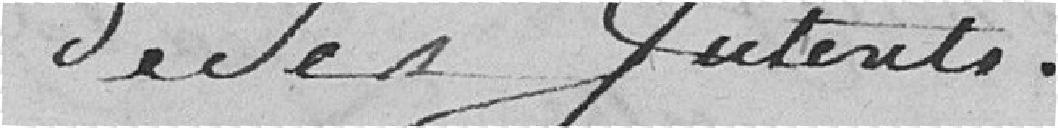
de ses intérêts